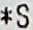
*S